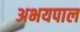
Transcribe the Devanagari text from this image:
अभयपाल